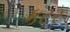
કટર